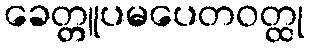
ခေတ္တူပမပေတဝတ္ထု